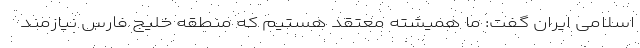
اسلامی ایران گفت: ما همیشته معتقد هستیم که منطقه خلیج فارس نیازمند